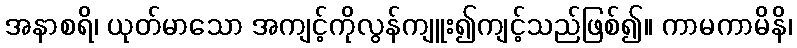
အနာစရိ၊ ယုတ်မာသော အကျင့်ကိုလွန်ကျူး၍ကျင့်သည်ဖြစ်၍။ ကာမကာမိနိ၊